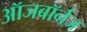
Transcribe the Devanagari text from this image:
ऑजबॉर्नज